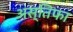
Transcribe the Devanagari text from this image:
अस्तिफा